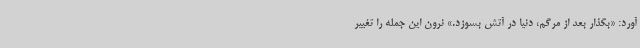
آورد: «بگذار بعد از مرگم، دنیا در آتش بسوزد.» نرون این جمله را تغییر